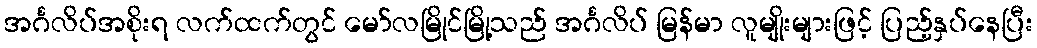
အင်္ဂလိပ်အစိုးရ လက်ထက်တွင် မော်လမြိုင်မြို့သည် အင်္ဂလိပ် မြန်မာ လူမျိုးများဖြင့် ပြည့်နှပ်နေပြီး